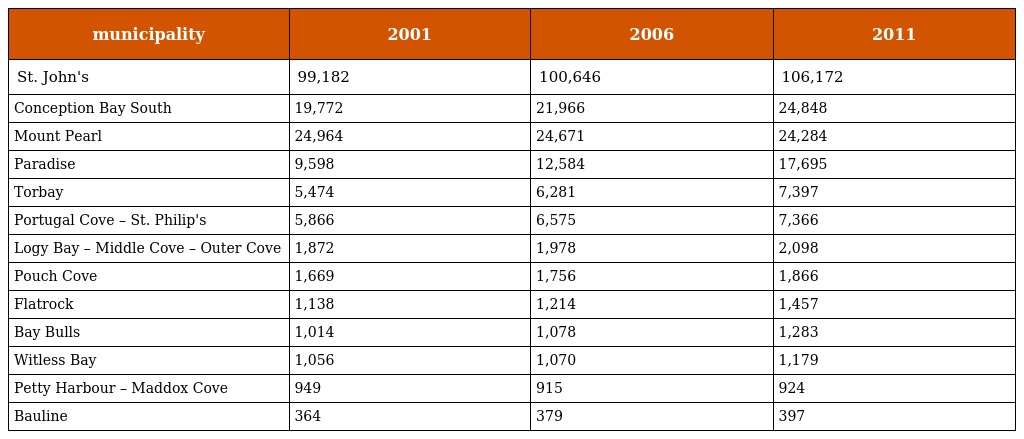
| municipality | 2001 | 2006 | 2011 |
 | --- | --- | --- | --- |
 | St. John's | 99,182 | 100,646 | 106,172 |
 | Conception Bay South | 19,772 | 21,966 | 24,848 |
 | Mount Pearl | 24,964 | 24,671 | 24,284 |
 | Paradise | 9,598 | 12,584 | 17,695 |
 | Torbay | 5,474 | 6,281 | 7,397 |
 | Portugal Cove – St. Philip's | 5,866 | 6,575 | 7,366 |
 | Logy Bay – Middle Cove – Outer Cove | 1,872 | 1,978 | 2,098 |
 | Pouch Cove | 1,669 | 1,756 | 1,866 |
 | Flatrock | 1,138 | 1,214 | 1,457 |
 | Bay Bulls | 1,014 | 1,078 | 1,283 |
 | Witless Bay | 1,056 | 1,070 | 1,179 |
 | Petty Harbour – Maddox Cove | 949 | 915 | 924 |
 | Bauline | 364 | 379 | 397 |